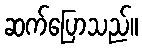
ဆက်ပြောသည်။